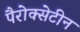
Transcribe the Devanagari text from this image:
पैरोक्सेटीन